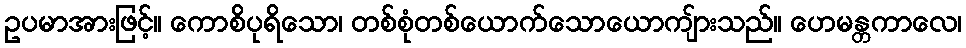
ဥပမာအားဖြင့်။ ကောစိပုရိသော၊ တစ်စုံတစ်ယောက်သောယောကျ်ားသည်။ ဟေမန္တကာလေ၊